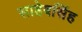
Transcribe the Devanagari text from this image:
साहेबसिंह